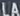
LAL